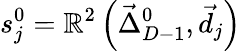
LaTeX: s_{j}^{0}=\mathbb{R}^{2}\left(\vec{{\Delta}}_{D-1}^{0},\vec{{d}}_{j}\right)